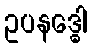
ဥပနဒ္ဓေါ